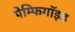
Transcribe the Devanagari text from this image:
पेम्फिगॉइड